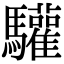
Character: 驩